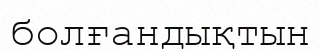
болғандықтын